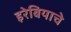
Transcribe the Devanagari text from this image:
इरेबियाचे